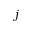
j